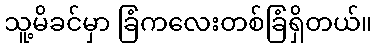
သူ့မိခင်မှာ ခြံကလေးတစ်ခြံရှိတယ်။